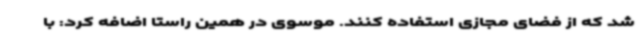
شد که از فضای مجازی استفاده کنند. موسوی در همین راستا اضافه کرد: با